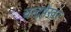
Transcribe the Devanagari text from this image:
चन्द्रषेखर